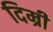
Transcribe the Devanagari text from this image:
दिम्री